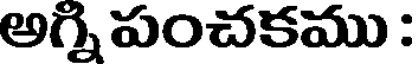
అగ్ని పంచకము :